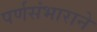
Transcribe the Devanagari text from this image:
पर्णसंभाराने